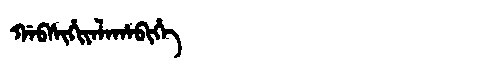
Manchu: ᡤᠠᠪᠰᡳᡥᡳᠶᠠᠯᠠᡥᠠᠪᡳᡥᡝ
Romanization: GABSIHIYALAHABIHE